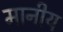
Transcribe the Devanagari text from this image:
मानीय